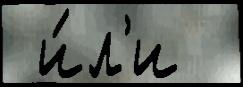
 и́л'и